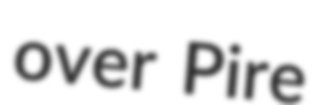
over Pire